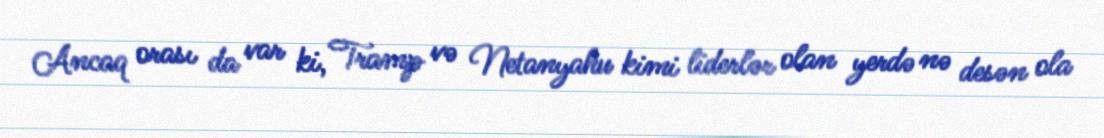
Ancaq orası da var ki, Tramp və Netanyahu kimi liderlər olan yerdə nə desən ola